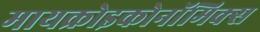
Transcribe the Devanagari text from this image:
मायक्रोइकोनॉमिक्स